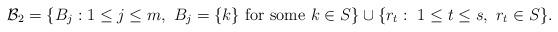
LaTeX: \begin{align*}\mathcal{B}_2=\{B_j:1\leq j\leq m, \ B_j=\{k\}\ {\rm for\ some\ } k\in S\}\cup\{r_t:\ 1\leq t\leq s,\ r_t\in S\}.\end{align*}